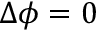
\Delta \phi = 0